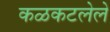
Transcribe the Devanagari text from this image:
कळकटलेले